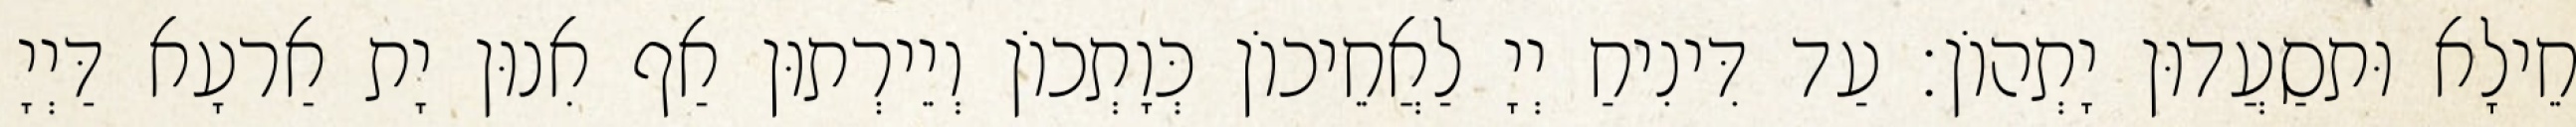
חֵילָא וּתסַעֲדוּן יָתְהוֹן׃ עַד דִּינִיחַ יְיָ לַאֲחֵיכוֹן כְּוָתְכוֹן וְיֵירְתוּן אַף אִנוּן יָת אַרעָא דַּיְיָ